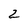
Character: 2